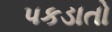
પકડાતો